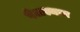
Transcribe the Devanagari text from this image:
पेअस्थान